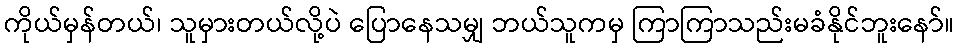
ကိုယ်မှန်တယ်၊ သူမှားတယ်လို့ပဲ ပြောနေသမျှ ဘယ်သူကမှ ကြာကြာသည်းမခံနိုင်ဘူးနော်။